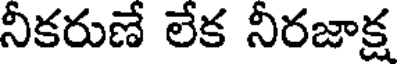
నీకరుణే లేక నీరజాక్ష